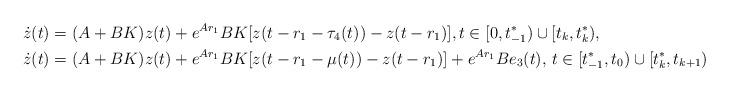
LaTeX: \begin{align*}\dot z(t)&=(A+BK)z(t)+e^{Ar_1}BK[z(t-r_1-\tau_4(t))-z(t-r_1)],t\in[0,t_{-1}^*)\cup[t_k,t_k^*),\\\dot z(t)&=(A+BK)z(t)+e^{Ar_1}BK[z(t-r_1-\mu(t))-z(t-r_1)]+e^{Ar_1}Be_3(t),\,t\in[t_{-1}^*,t_0)\cup[t_k^*,t_{k+1})\end{align*}